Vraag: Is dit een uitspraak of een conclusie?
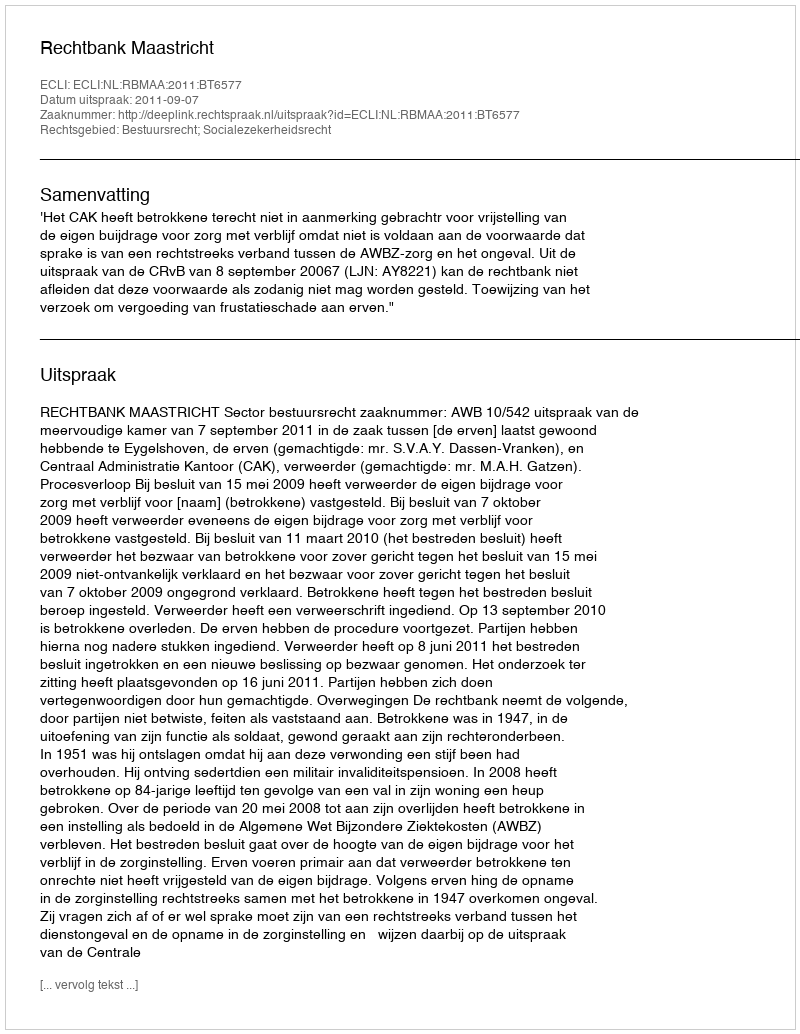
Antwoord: Uitspraak